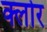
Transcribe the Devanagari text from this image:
क्लोर